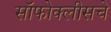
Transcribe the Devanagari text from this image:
सॉफोक्लीसचे